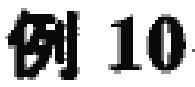
例 10